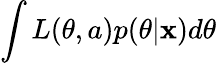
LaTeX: \int{L(\theta,a)p(\theta|\mathbf{x})d\theta}